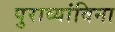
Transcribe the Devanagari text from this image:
पुराव्यांविना